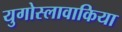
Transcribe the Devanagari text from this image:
युगोस्लावाकिया